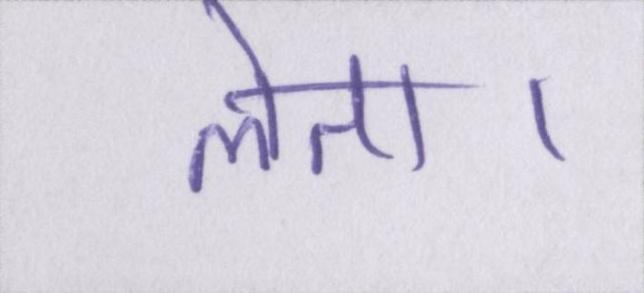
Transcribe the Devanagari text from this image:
लेता।